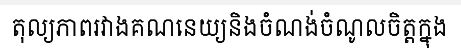
តុល្យភាពរវាងគណនេយ្យនិងចំណង់ចំណូលចិត្តក្នុង